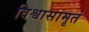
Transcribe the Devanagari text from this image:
विश्वासामृतं